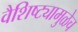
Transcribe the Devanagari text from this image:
वैशिष्ट्यामुळेच